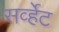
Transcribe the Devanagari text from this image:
सर्व्हेट